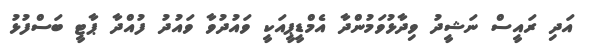
އަދި ރައީސް ނަޝީދު ވިދާޅުވަމުންދާ އެމްޑީޕީއަކީ ވައުދުވާ ވައުދު ފުއްދާ ޕާޓީ ބަސްފުޅު